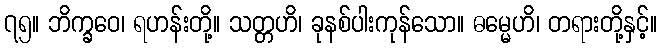
၇၅။ ဘိက္ခဝေ၊ ရဟန်းတို့။ သတ္တဟိ၊ ခုနစ်ပါးကုန်သော။ ဓမ္မေဟိ၊ တရားတို့နှင့်။